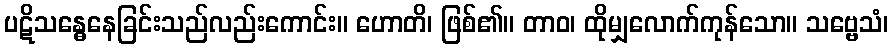
ပဋိသန္ဓေနေခြင်းသည်လည်းကောင်း။ ဟောတိ၊ ဖြစ်၏။ တာဝ၊ ထိုမျှလောက်ကုန်သော။ သဗ္ဗေသံ၊